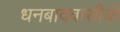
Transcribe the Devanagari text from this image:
धनबादवासीयों